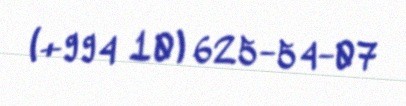
(+994 10) 625-54-07